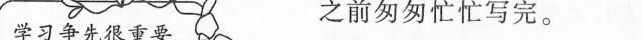
学习争先很重要，之前匆匆忙忙写完。